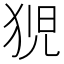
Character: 𭸍